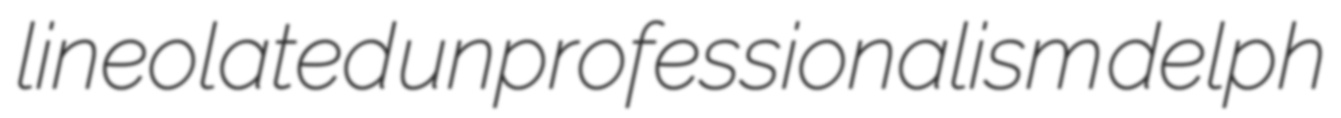
lineolated unprofessionalism delph